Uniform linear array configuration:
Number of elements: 12
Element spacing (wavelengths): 0.25
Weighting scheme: hamming
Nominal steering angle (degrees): -45
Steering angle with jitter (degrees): -45.554
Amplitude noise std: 0.05
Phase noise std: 0.05

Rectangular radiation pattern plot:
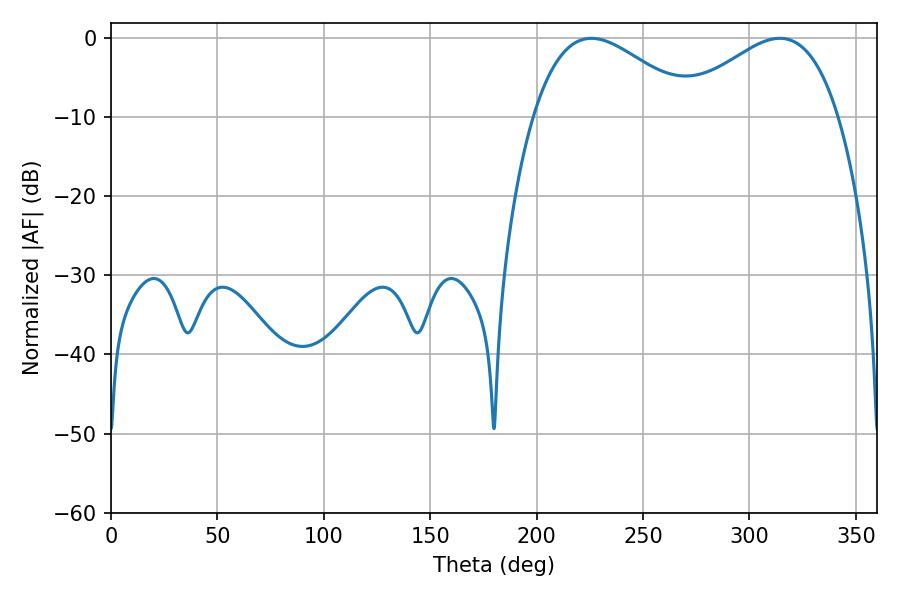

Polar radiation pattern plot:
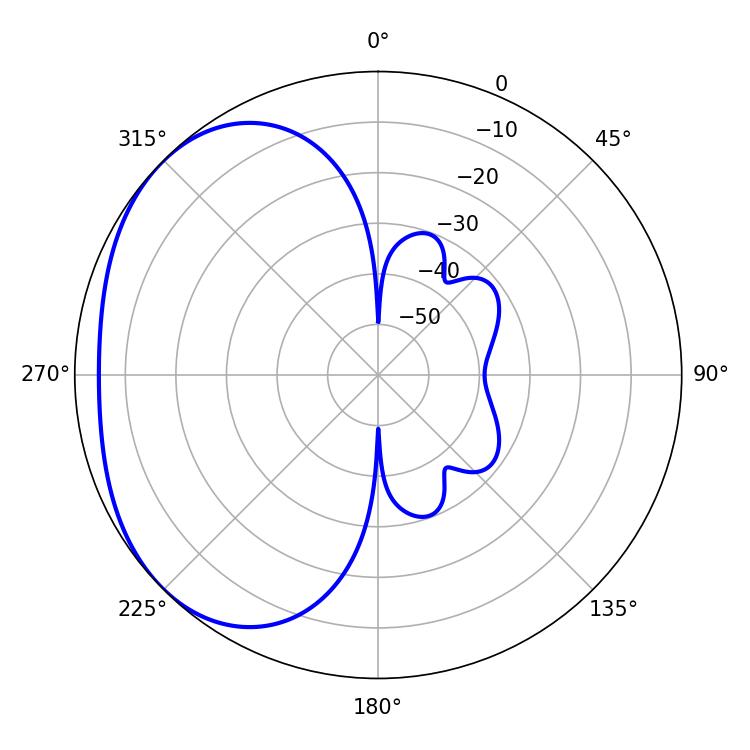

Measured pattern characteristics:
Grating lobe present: FALSE
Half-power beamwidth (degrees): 41.22
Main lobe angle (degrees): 225.72